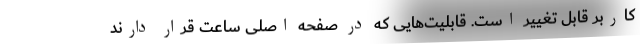
کاربر قابل تغییر است. قابلیت‌هایی که در صفحه اصلی ساعت قرار دارند